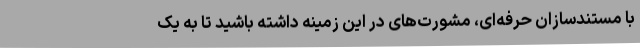
با مستندسازان حرفه‌ای، مشورت‌های در این زمینه داشته باشید تا به یک